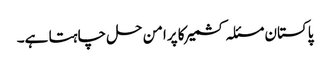
پاکستان مسئلہ کشمیر کا پرامن حل چاہتا ہے۔